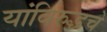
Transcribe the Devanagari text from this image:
यांविरुद्धचे